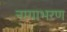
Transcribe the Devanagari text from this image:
नागाभरण